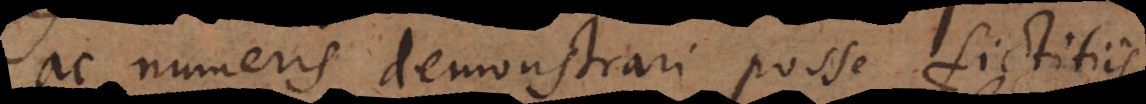
ac numeris demonstrari posse fictitiis,